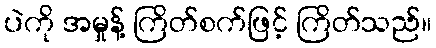
ပဲကို အမှုန့် ကြိတ်စက်ဖြင့် ကြိတ်သည်။